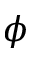
\phi